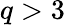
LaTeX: q>3